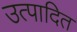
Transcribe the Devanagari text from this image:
उत्पादित